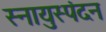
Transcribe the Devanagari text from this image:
स्नायुस्पंदन